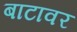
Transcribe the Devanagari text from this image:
बाटावर